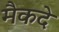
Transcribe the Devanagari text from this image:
मैकदे